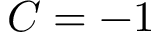
C = - 1